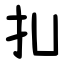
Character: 㧄